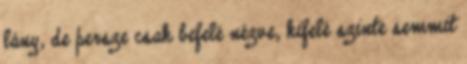
lány, de persze csak befelé nézve, kifelé szinte semmit